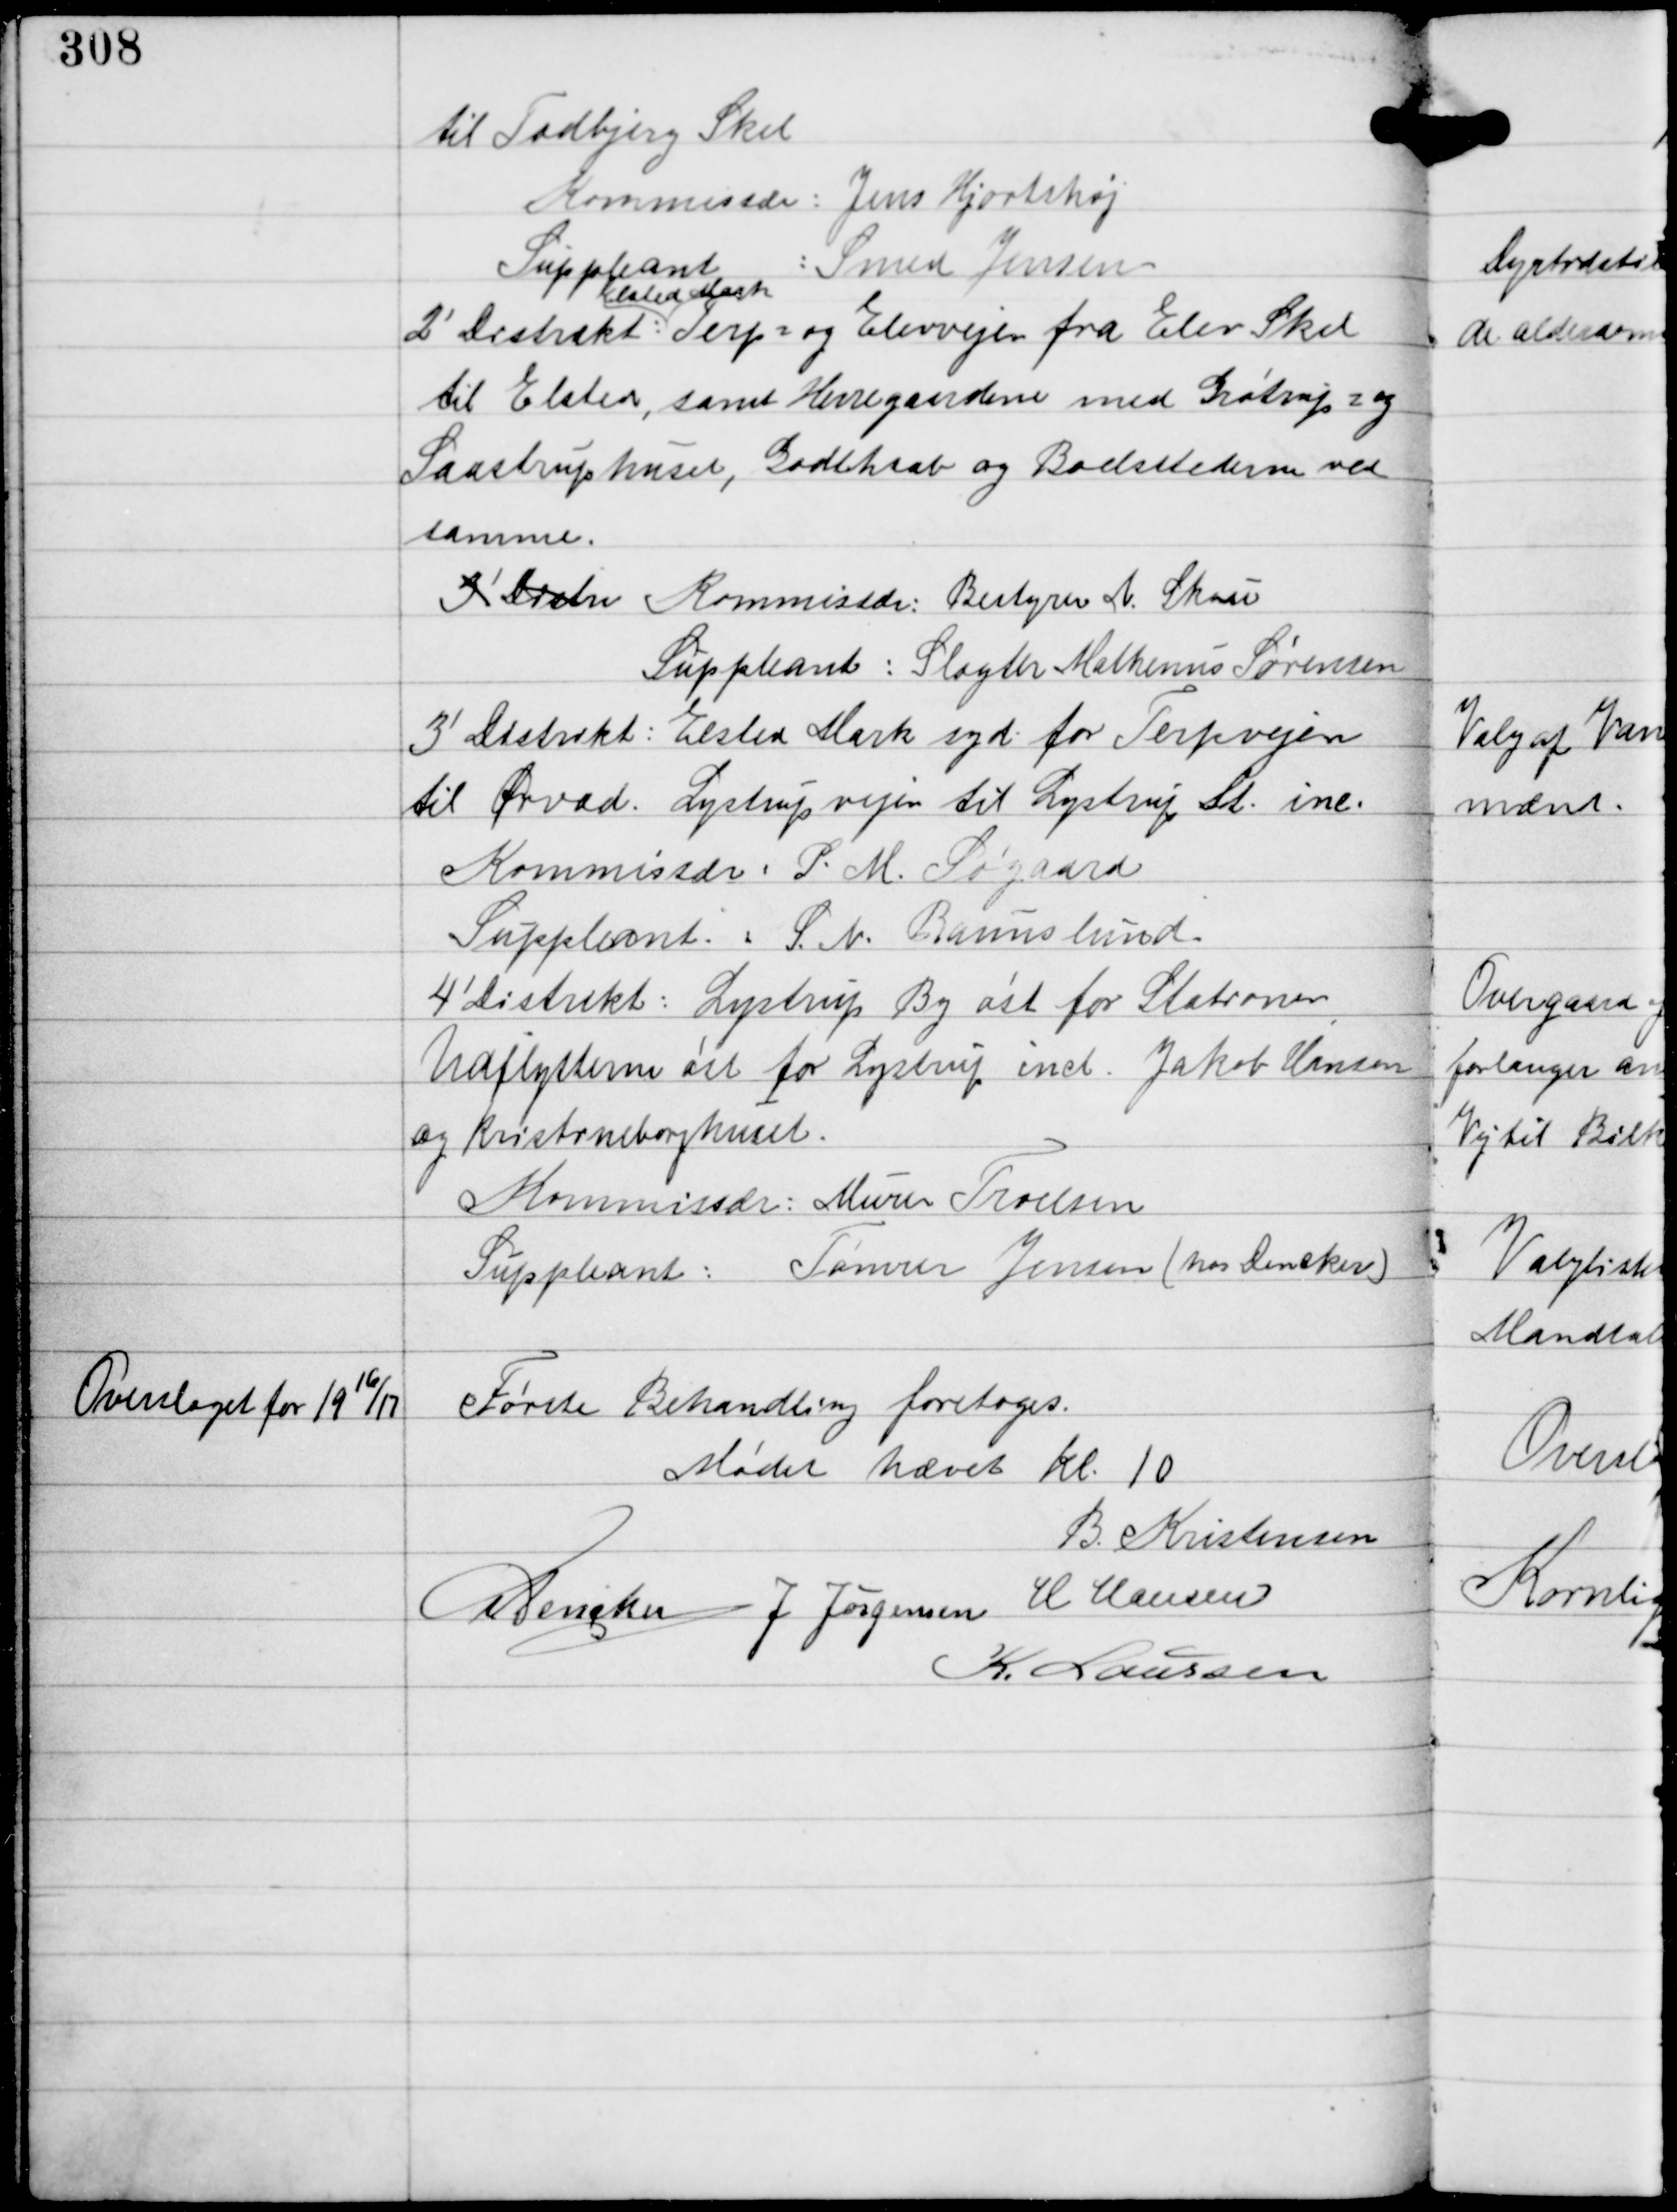
Transskription:
til Todbjerg Skel
Kommissær: Jens Hjortshøj
Suppleant
: Smed Jensen
2' Distrikt:
Elsted Mark
Terp = og Elevvejen fra Elev Skel
til Elsted, samt Herregaardene med Gøtrup z og
Saastruphuset, Godthaab og Boelsstederne ved
samme.
3' Distri Kommissær: Bestyrer N Skou
Suppleant: Slagter Mathinus Sørensen
3' Distrikt: Elsted Mark syd for Terpvejen
til Ørvad. Lystrupvejen til Lystrup St ine.
Kommissær: P.M. Søgaard
Suppleant: S.N. Baunslund.
4' Distrikt: Lystrup By øst for Stationen
Udflytterne øst for Lystrup incl. Jakob Hansen
og Kristineborghuset.
Kommissær: Murer Troelsen
Suppleant: Tømrer Jensen (hos Dencker)

Overslaget for 19
16/
17

Første Behandling foretoges.

Mødet hævet Kl. 10
B. Kristensen
C Dencker J Jørgensen H Hansen
K Laursen